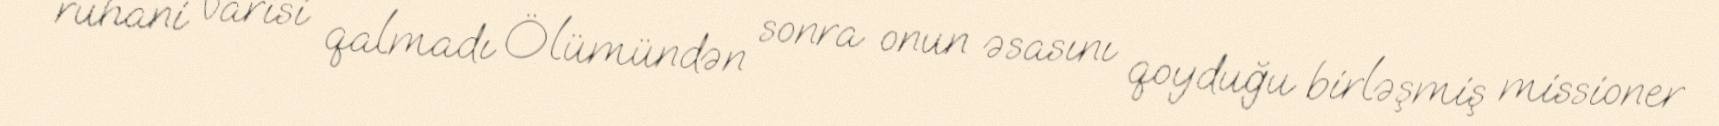
ruhani varisi qalmadı Ölümündən sonra onun əsasını qoyduğu birləşmiş missioner